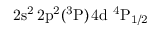
\mathrm { 2 s ^ { 2 } \, 2 p ^ { 2 } ( ^ { 3 } P ) \, 4 d ~ ^ { 4 } P _ { 1 / 2 } }